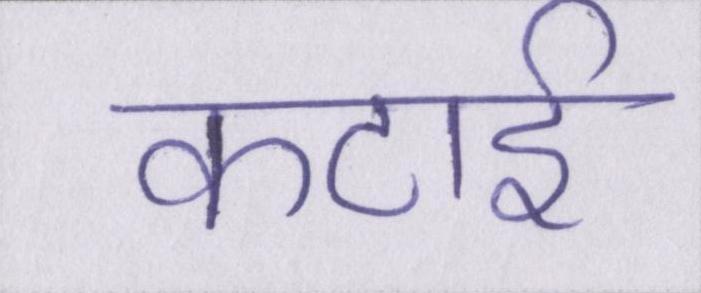
कटाई